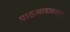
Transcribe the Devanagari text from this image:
पाठलागावरच्या